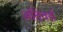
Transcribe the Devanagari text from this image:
अतिवर्य